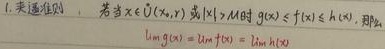
1. 夹逼准则，若当$x \in \dot{U}\left(x_{0}, r\right)$或$|x|>M$时$g(x) \leq f(x) \leq h(x)$，那么
$\lim\limits_{x \to x_{0}} g(x)=\lim\limits_{x \to x_{0}} f(x)=\lim\limits_{x \to x_{0}} h(x)$